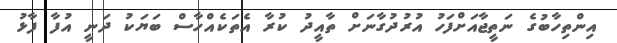
އިންތިހާބުގެ ނަތީޖާއަށްފަހު އުރުދުގާނަށް ތާއީދު ކުރާ އެތަކެއްހާސް ބަޔަކު ދަނީ އުފާ ފާޅު